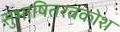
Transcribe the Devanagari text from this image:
सुभाषितरत्नकोश